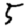
Digit: 5